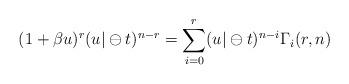
LaTeX: \begin{align*}(1+\beta u)^{r}(u|\ominus t)^{n-r}=\sum_{i=0}^{r}(u|\ominus t)^{n-i}\Gamma_{i}(r,n) \end{align*}